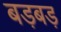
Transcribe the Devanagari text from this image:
बड़बड़